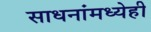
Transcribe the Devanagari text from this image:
साधनांमध्येही